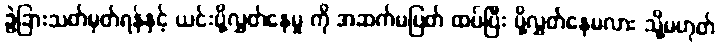
ခွဲခြားသတ်မှတ်ရန်နှင့် ယင်းပို့လွှတ်နေမှု ကို အဆက်မပြတ် ထပ်ပြီး ပို့လွှတ်နေမလား သို့မဟုတ်